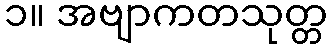
၁။ အဗျာကတသုတ္တ